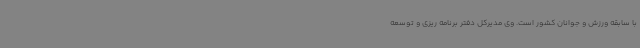
با سابقه ورزش و جوانان کشور است. وی مدیرکل دفتر برنامه ریزی و توسعه